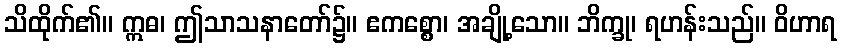
သိထိုက်၏။ ဣဓ၊ ဤသာသနာတော်၌။ ဧကစ္စော၊ အချို့သော။ ဘိက္ခု၊ ရဟန်းသည်။ ဝိဟာရ